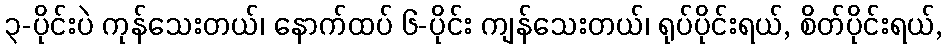
၃-ပိုင်းပဲ ကုန်သေးတယ်၊ နောက်ထပ် ၆-ပိုင်း ကျန်သေးတယ်၊ ရုပ်ပိုင်းရယ်, စိတ်ပိုင်းရယ်,